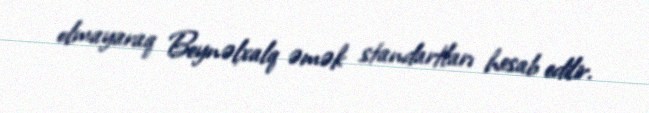
olmayaraq Beynəlxalq əmək standartları hesab edilir.